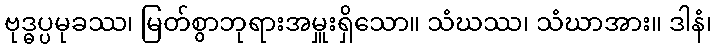
ဗုဒ္ဓပ္ပမုခဿ၊ မြတ်စွာဘုရားအမှူးရှိသော။ သံဃဿ၊ သံဃာအား။ ဒါနံ၊